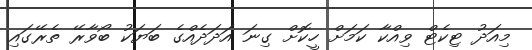
މިއަދު ޓިކެޓް ވިއްކާ ކަމަށް ހީކޮށް ގިނަ އަދަދެއްގެ ބަޔަކު ބޯވާރޭ ތެރޭގައި